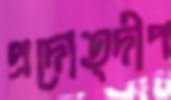
প্রদোত্দীপ